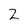
Character: 2